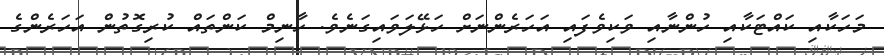
މަހަކާއި ކައްޓަކާއި ހުންނާއި ވަކިވެފައި އަހަރެންނަށް ހަޅޭލަވައިގަނެވެ. ހާނިމް ކަންތައް ކުރިގޮތުން އަހަރެންގެ